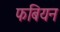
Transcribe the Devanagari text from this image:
फबियन